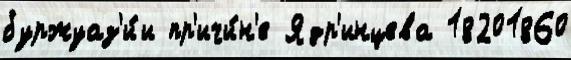
буржуаз'и́и пр'ичи́н'е Ядр'инцева 18201860